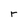
Character: r